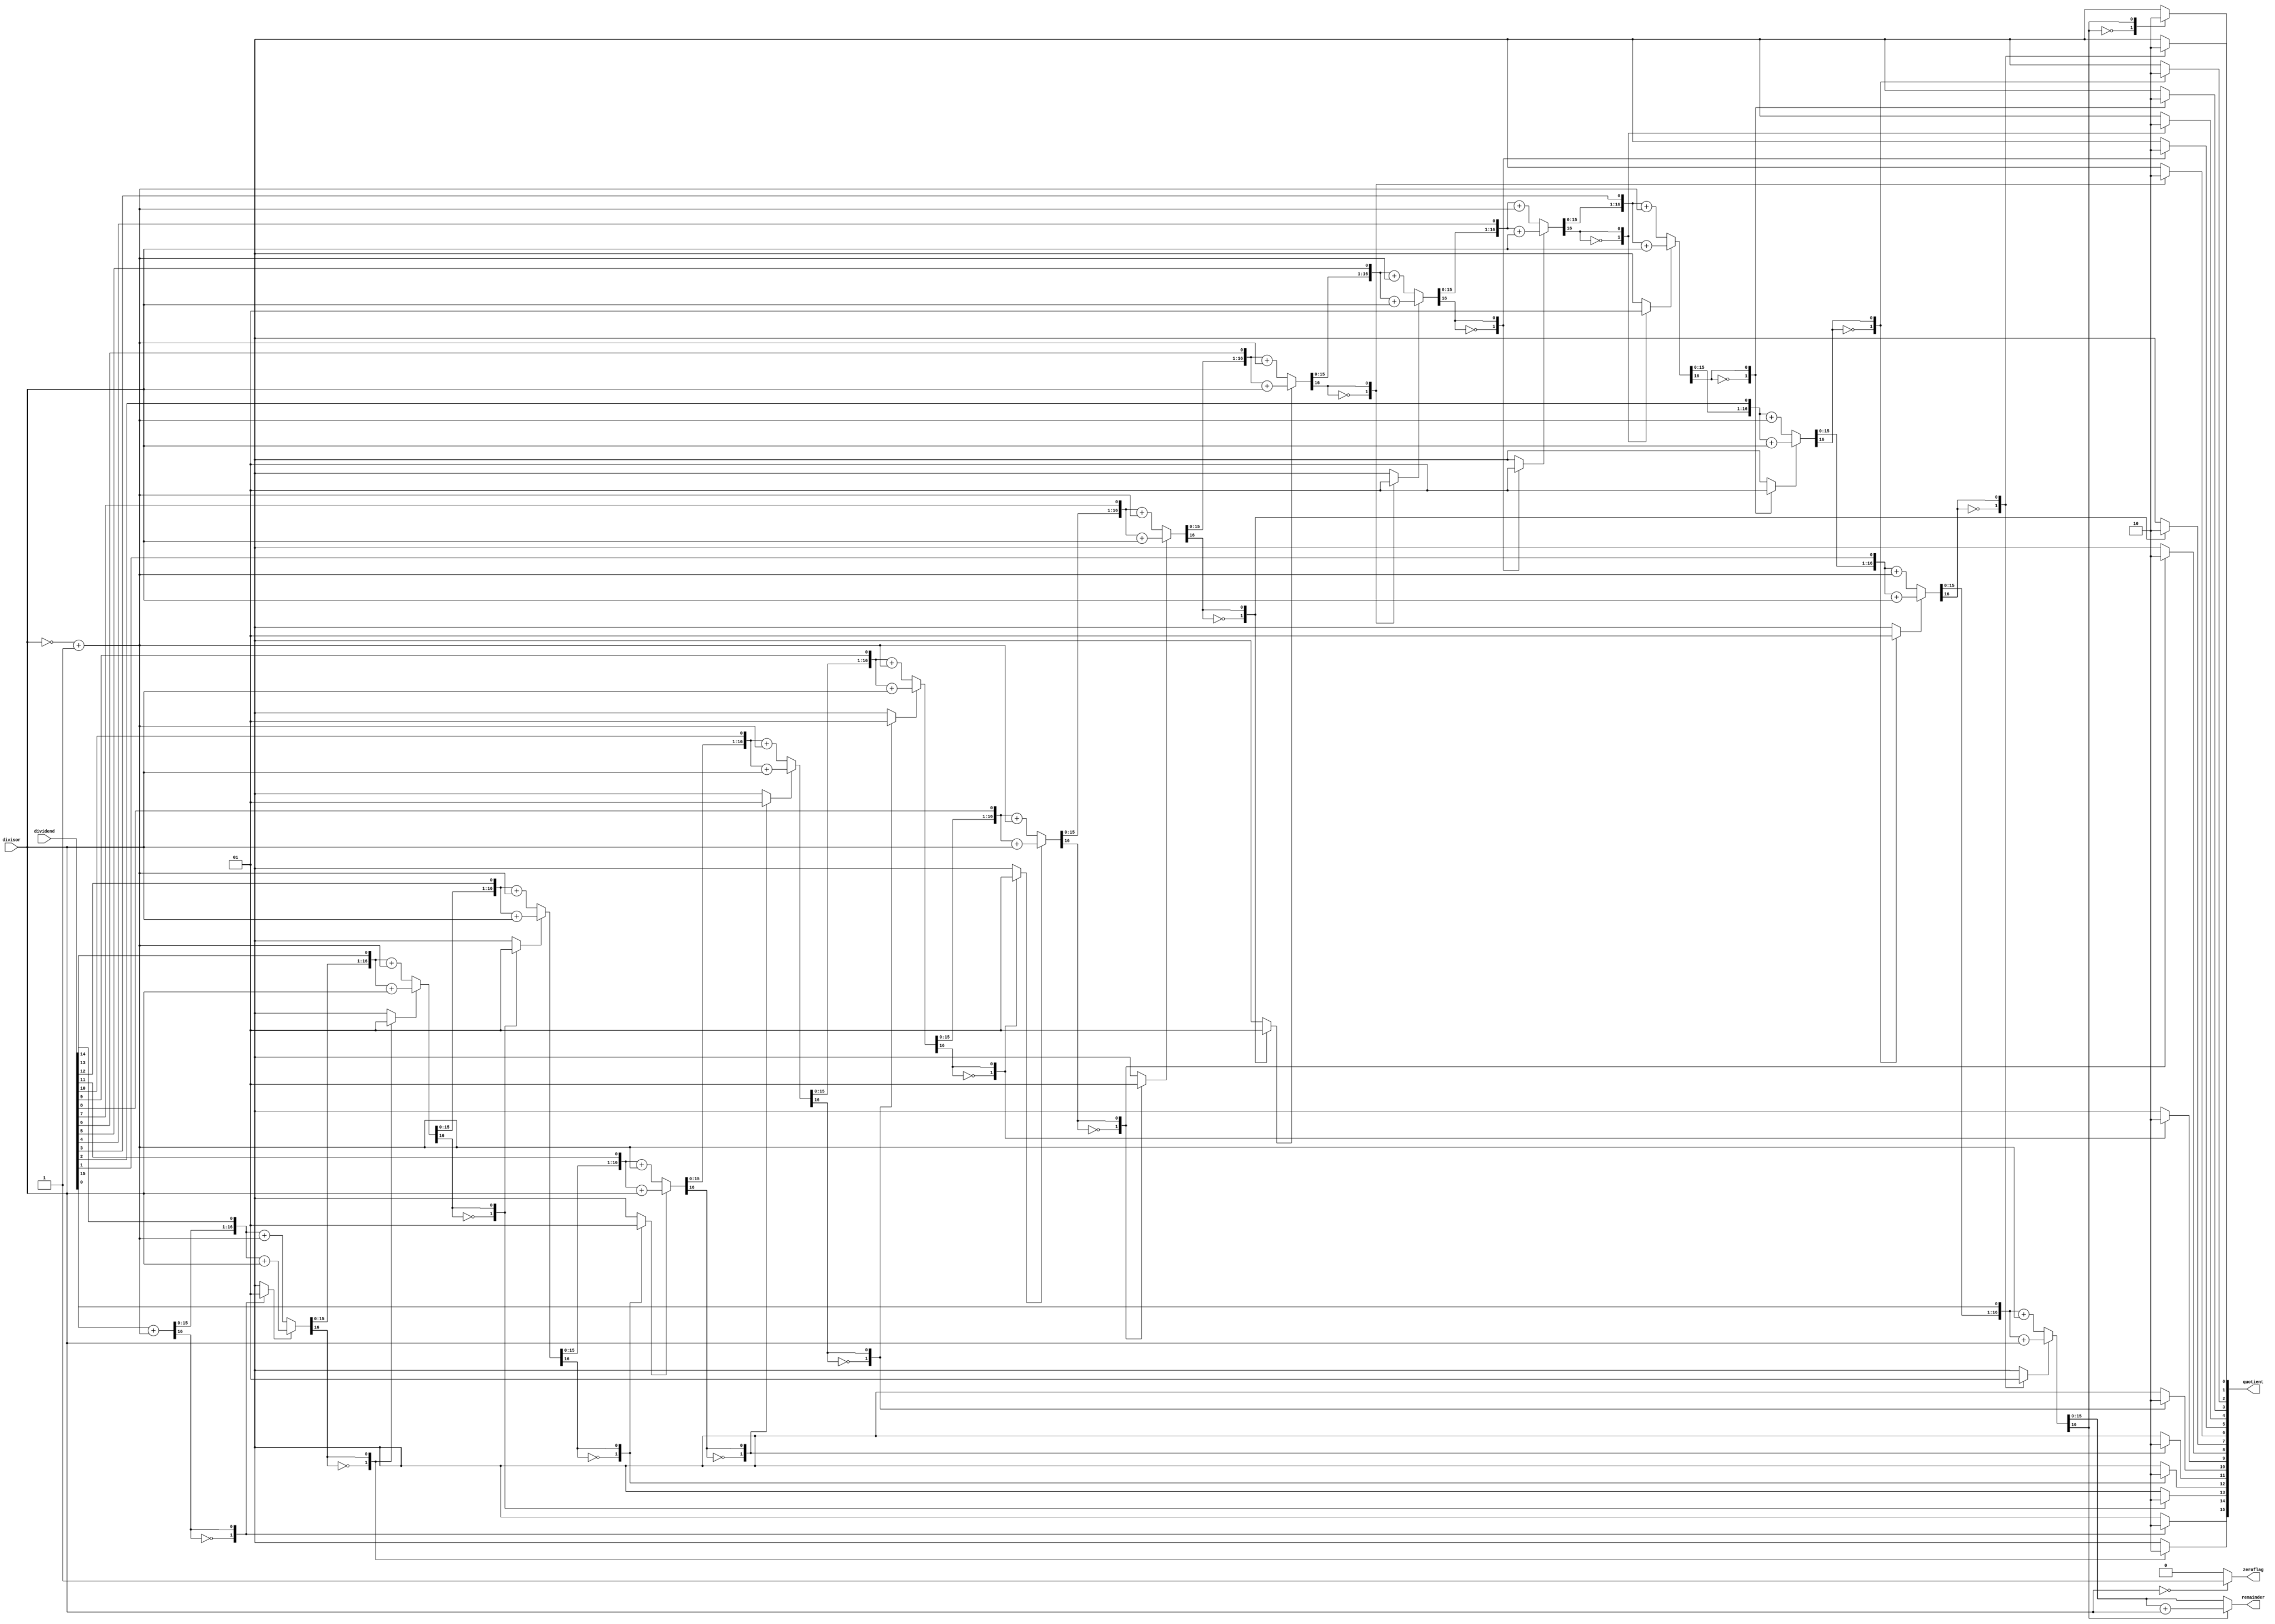
// Non-restoring division module
// From: http://larc.ee.nthu.edu.tw/~hhwu/divider.htm

module serial_divide_uu(dividend, divisor, quotient, remainder, zeroflag);
	parameter size = 16 ; //4bit, 8bit or 16bit
	
	input    [size-1:0]dividend;
	input    [size-1:0]divisor;
	output   [size-1:0]quotient;
	output   [size-1:0]remainder;
	output        zeroflag;
	
	reg    [size:0]p;
	reg    [size-1:0]quotient, div, remainder;
	reg         sign;
	
	integer i;
	
	assign zeroflag = divisor==32'h00000000 ? 1'b1 : 1'b0; //zero detection
	
	always@(dividend or divisor)
	begin
		 quotient = dividend;
		 div = divisor;
		 p = {32'h00000000,1'b0};
		 sign = 1'b0;
	
		 for(i=0;i<size;i=i+1)
		 begin
			  p = {p[size-1:0], quotient[size-1]};
			  quotient = {quotient[size-2:0], 1'b0};    
			  
			  if(sign == 1'b0)
					p = p + {~{1'b0,div} + 1'b1};
			  else
					p = p + {1'b0,div};
			  
	
	
			  case(p[size])
					1'b0: begin
						 quotient[0] = 1'b1;
						 sign = 1'b0;
					end
	  
					1'b1: begin
						 quotient[0] = 1'b0;
						 sign = 1'b1;
					end
			  endcase
		 end
	
	//correction
		 if(p[size] == 1'b0)
			  remainder = p[size-1:0];
		 else
		 begin
			  p = p + {1'b0,div};
			  remainder = p[size-1:0];
		 end
	//end of correction
	
	end
	
	
endmodule